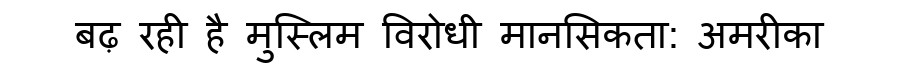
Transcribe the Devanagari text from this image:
बढ़ रही है मुस्लिम विरोधी मानसिकता: अमरीका